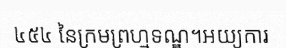
៤៥៤ នៃក្រមព្រហ្មទណ្ឌ។អយ្យការ